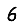
Digit: 6